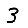
Digit: 3